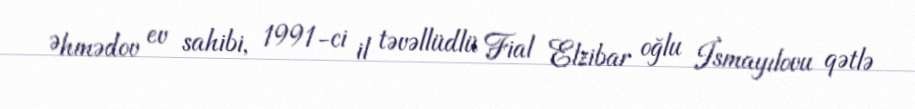
Əhmədov ev sahibi, 1991-ci il təvəllüdlü Fial Elzibar oğlu İsmayılovu qətlə